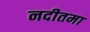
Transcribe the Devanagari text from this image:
नदीतमा